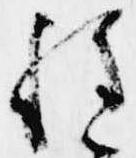
程